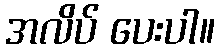
အလိပ် ပေးပါ။